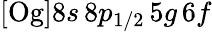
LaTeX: [\mathrm{Og}]8s\, 8p_{1/2}\, 5g\, 6f